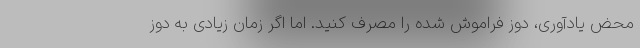
محض یادآوری، دوز فراموش شده را مصرف کنید. اما اگر زمان زیادی به دوز